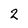
Character: 2